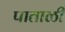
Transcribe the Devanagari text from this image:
पाताळीं